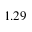
1 . 2 9